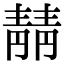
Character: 𫕻